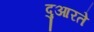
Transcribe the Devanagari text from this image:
दुआरते